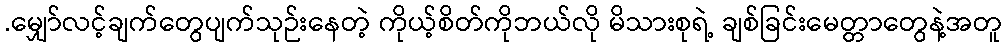
.မျှော်လင့်ချက်တွေပျက်သုဉ်းနေတဲ့ ကိုယ့်စိတ်ကိုဘယ်လို မိသားစုရဲ့ ချစ်ခြင်းမေတ္တာတွေနဲ့အတူ